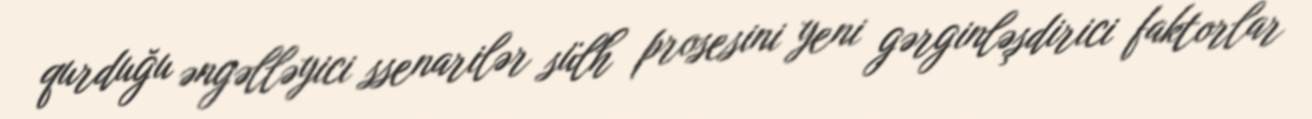
qurduğu əngəlləyici ssenarilər sülh prosesini yeni gərginləşdirici faktorlar